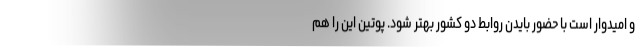
و امیدوار است با حضور بایدن روابط دو کشور بهتر شود. پوتین این را هم